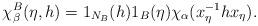
LaTeX: \begin{align*}\chi^{B}_{\beta}(\eta,h)=1_{N_{B}}(h)1_{B}(\eta)\chi_{\alpha}(x_{\eta}^{-1}h x_{\eta}).\end{align*}